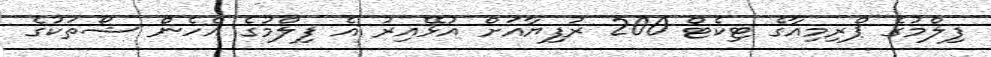
ފިލްމުގެ ޕްރިމިއާގެ ޓިކެޓް 200 ރުފިޔާއަށް އުޅޭއިރު އެ ފިލްމުގެ އެހެން ޝޯތަކުގެ